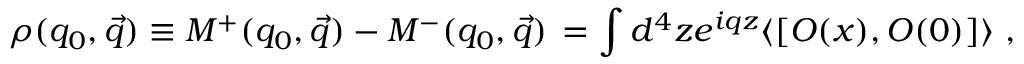
\rho ( q _ { 0 } , \vec { q } ) \equiv M ^ { + } ( q _ { 0 } , \vec { q } ) - M ^ { - } ( q _ { 0 } , \vec { q } ) \nonumber \, = \int d ^ { 4 } z e ^ { i q z } \langle [ O ( x ) , O ( 0 ) ] \rangle ~ ,